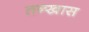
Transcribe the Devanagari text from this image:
तन्खास